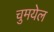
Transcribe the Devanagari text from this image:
चुमयेल